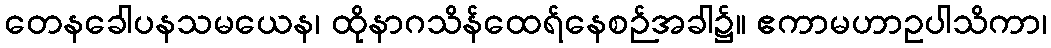
တေနခေါပနသမယေန၊ ထိုနာဂသိန်ထေရ်နေစဉ်အခါ၌။ ဧကာမဟာဥပါသိကာ၊